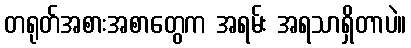
တရုတ်အစားအစာတွေက အရမ်း အရသာရှိတာပဲ။